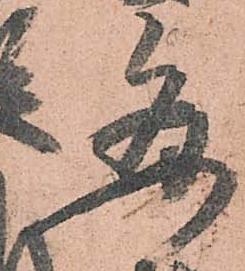
毎